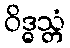
ဝိဒ္ဓသ္တံ